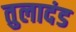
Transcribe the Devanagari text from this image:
तुलादंड